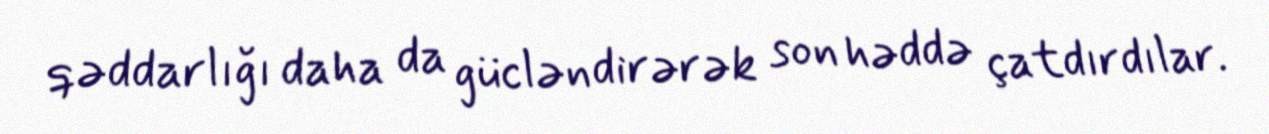
qəddarlığı daha da gücləndirərək son həddə çatdırdılar.